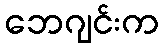
ဘေဂျင်းက